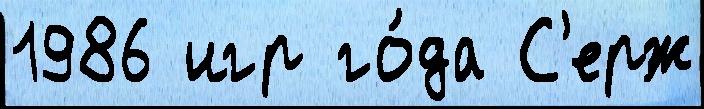
1986 игр го́да С'ерж